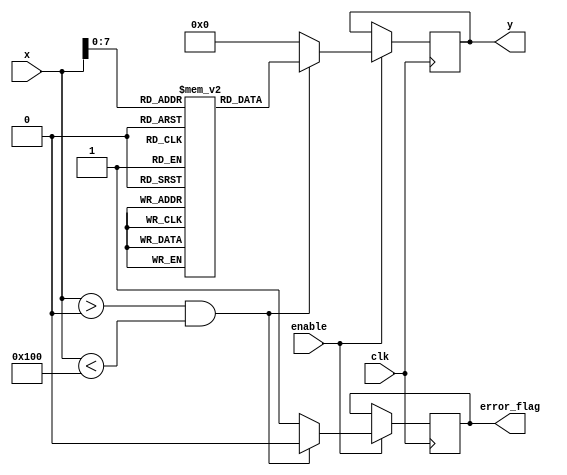
module LogarithmFunctionGenerator (
    input wire clk,           // Clock signal
    input wire enable,        // Enable signal
    input wire [15:0] x,     // 16-bit input signal (x > 0)
    output reg [15:0] y,      // 16-bit output signal (log(x))
    output reg error_flag     // Error flag for invalid input
);

    // Lookup table for logarithm values (base 10) for demonstration
    reg [15:0] log_lut [0:255]; // LUT for x = 1 to 256 (log10 values)
    
    initial begin
        // Initialize the lookup table with log10 values (scaled)
        // For simplicity, we populate a few values. You would need to fill the entire LUT.
        log_lut[0] = 16'd0;    // log10(1) = 0
        log_lut[1] = 16'd0;    // log10(1) = 0
        log_lut[2] = 16'd301;  // log10(2) ~ 0.301 * 1000
        log_lut[3] = 16'd477;  // log10(3) ~ 0.477 * 1000
        log_lut[4] = 16'd602;  // log10(4) ~ 0.602 * 1000
        log_lut[5] = 16'd699;  // log10(5) ~ 0.699 * 1000
        // ... Fill in more values as needed
        log_lut[255] = 16'd5000; // Example for log10(256) ~ 2.408 * 1000
    end

    always @(posedge clk) begin
        if (enable) begin
            if (x > 0 && x < 256) begin
                y <= log_lut[x]; // Get log value from LUT
                error_flag <= 1'b0; // No error
            end else begin
                y <= 16'd0; // Output zero for invalid input
                error_flag <= 1'b1; // Set error flag
            end
        end
    end

endmodule